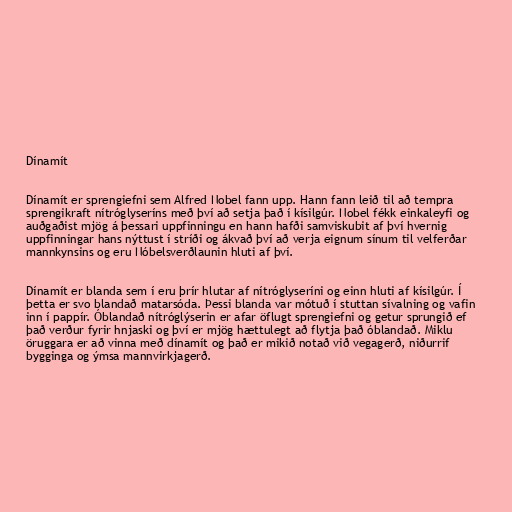
Dínamít

Dínamít er sprengiefni sem Alfred Nobel fann upp. Hann fann leið til að tempra
sprengikraft nítróglyseríns með því að setja það í kísilgúr. Nobel fékk einkaleyfi og
auðgaðist mjög á þessari uppfinningu en hann hafði samviskubit af því hvernig
uppfinningar hans nýttust í stríði og ákvað því að verja eignum sínum til velferðar
mannkynsins og eru Nóbelsverðlaunin hluti af því.

Dínamít er blanda sem í eru þrír hlutar af nítróglyseríni og einn hluti af kísilgúr. Í
þetta er svo blandað matarsóda. Þessi blanda var mótuð í stuttan sívalning og vafin
inn í pappír. Óblandað nítróglýserin er afar öflugt sprengiefni og getur sprungið ef
það verður fyrir hnjaski og því er mjög hættulegt að flytja það óblandað. Miklu
öruggara er að vinna með dínamít og það er mikið notað við vegagerð, niðurrif
bygginga og ýmsa mannvirkjagerð.